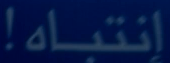
إنتباه!